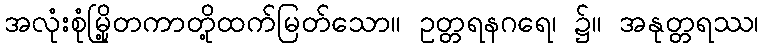
အလုံးစုံမြို့တကာတို့ထက်မြတ်သော။ ဥတ္တရနဂရေ၊ ၌။ အနုတ္တရဿ၊